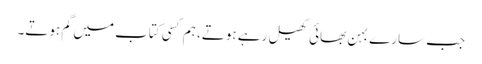
جب سارے بہن بھائی کھیل رہے ہوتے، ہم کسی کتاب میں گم ہوتے۔